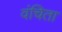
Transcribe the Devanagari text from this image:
वंचिता